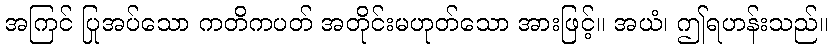
အကြင် ပြုအပ်သော ကတိကပတ် အတိုင်းမဟုတ်သော အားဖြင့်။ အယံ၊ ဤရဟန်းသည်။